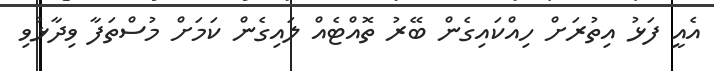
އެއީ ފަޅު އިތުރަށް ހިއްކައިގެން ބޭރު ތޮއްޓެއް ލައިގެން ކަމަށް މުސްތަފާ ވިދާޅުވި